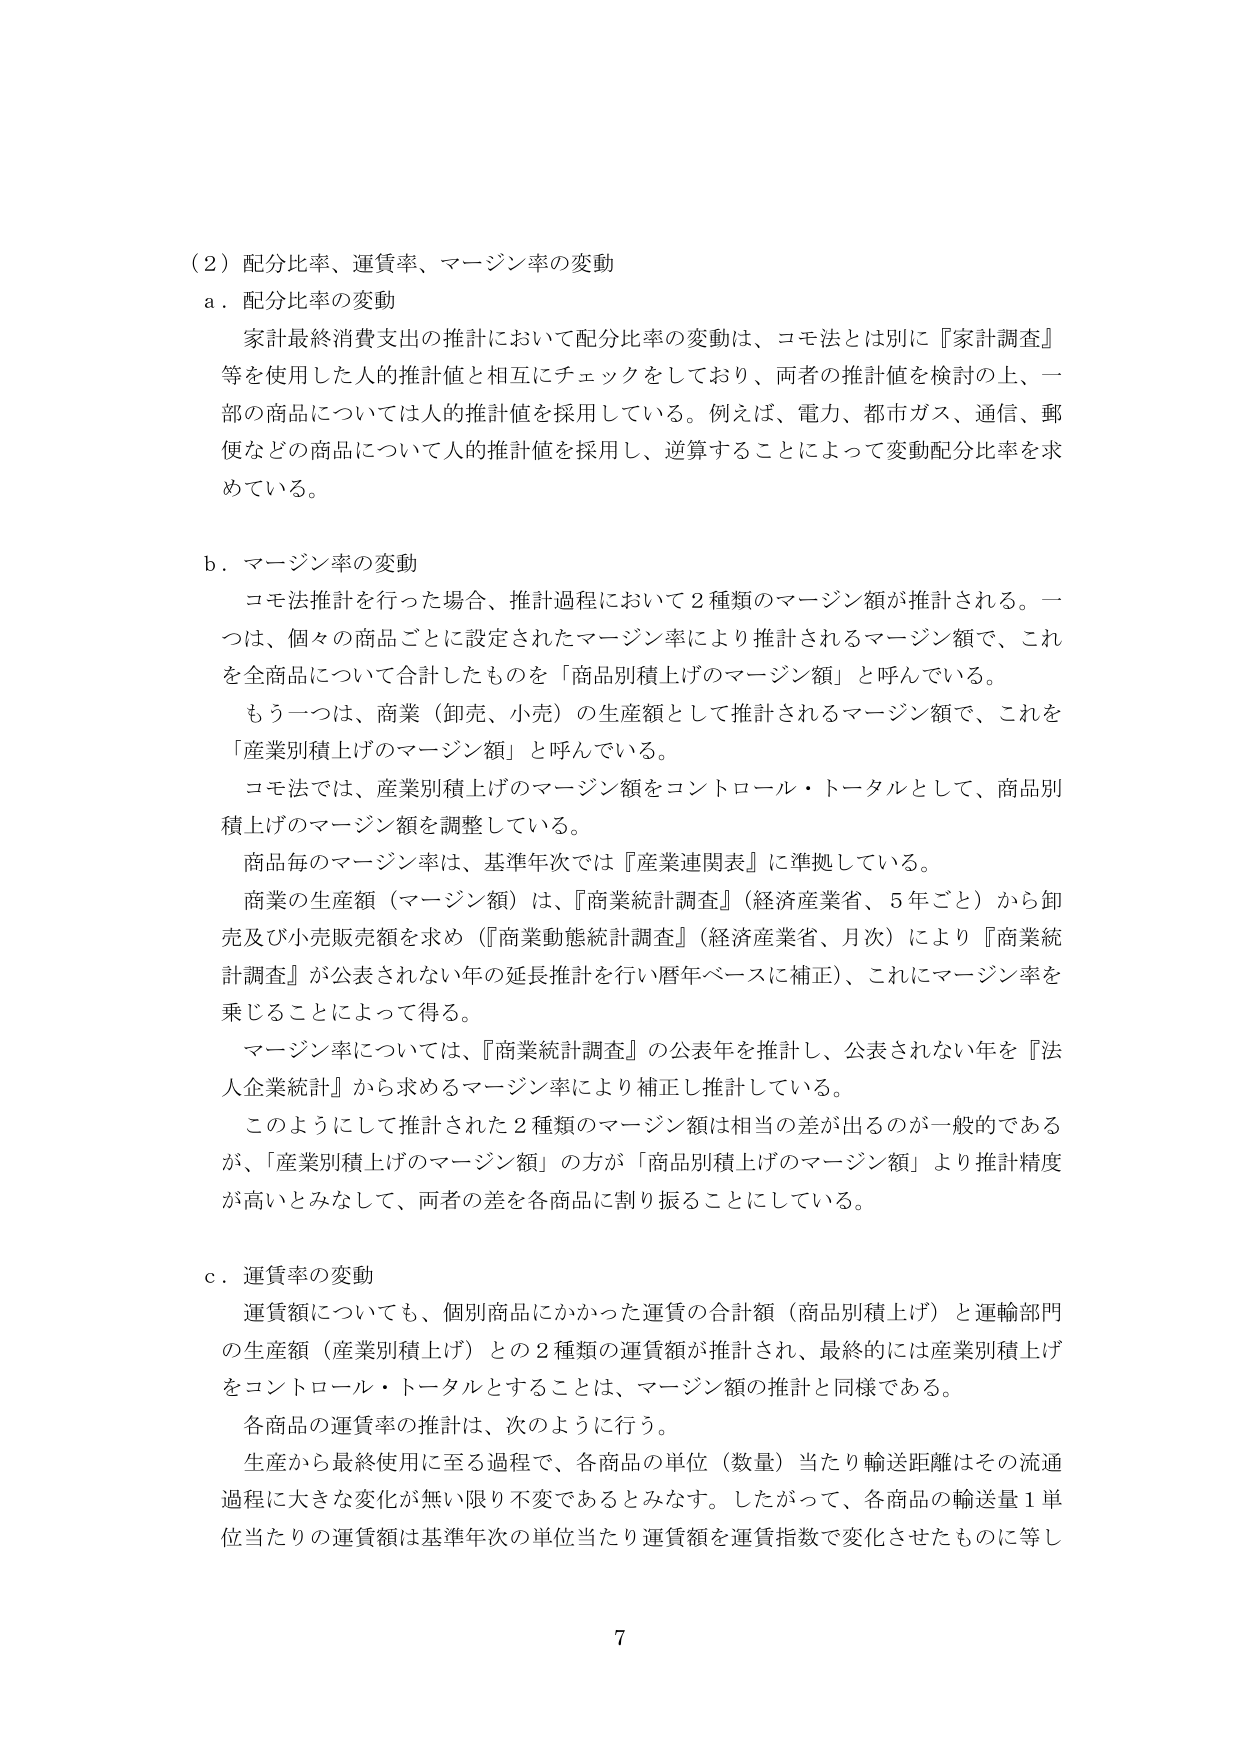
（２）配分比率、運賃率、マージン率の変動
ａ．配分比率の変動
　家計最終消費支出の推計において配分比率の変動は、コモ法とは別に『家計調査』等を使用した人的推計値と相互にチェックをしており、両者の推計値を検討の上、一部の商品については人的推計値を採用している。例えば、電力、都市ガス、通信、郵便などの商品について人的推計値を採用し、逆算することによって変動配分比率を求めている。

ｂ．マージン率の変動
　コモ法推計を行った場合、推計過程において２種類のマージン額が推計される。一つは、個々の商品ごとに設定されたマージン率により推計されるマージン額で、これを全商品について合計したものを「商品別積上げのマージン額」と呼んでいる。
　もう一つは、商業（卸売、小売）の生産額として推計されるマージン額で、これを「産業別積上げのマージン額」と呼んでいる。
　コモ法では、産業別積上げのマージン額をコントロール・トータルとして、商品別積上げのマージン額を調整している。
　商品毎のマージン率は、基準年次では『産業連関表』に準拠している。
　商業の生産額（マージン額）は、『商業統計調査』（経済産業省、５年ごと）から卸売及び小売販売額を求め（『商業動態統計調査』（経済産業省、月次）により『商業統計調査』が公表されない年の延長推計を行い暦年ベースに補正）、これにマージン率を乗じることによって得る。
　マージン率については、『商業統計調査』の公表年を推計し、公表されない年を『法人企業統計』から求めるマージン率により補正し推計している。
　このようにして推計された２種類のマージン額は相当の差が出るのが一般的であるが、「産業別積上げのマージン額」の方が「商品別積上げのマージン額」より推計精度が高いとみなして、両者の差を各商品に割り振ることにしている。

ｃ．運賃率の変動
　運賃額についても、個別商品にかかった運賃の合計額（商品別積上げ）と運輸部門の生産額（産業別積上げ）との２種類の運賃額が推計され、最終的には産業別積上げをコントロール・トータルとすることは、マージン額の推計と同様である。
　各商品の運賃率の推計は、次のように行う。
　生産から最終使用に至る過程で、各商品の単位（数量）当たり輸送距離はその流通過程に大きな変化が無い限り不変であるとみなす。したがって、各商品の輸送量１単位当たりの運賃額は基準年次の単位当たり運賃額を運賃指数で変化させたものに等し

7